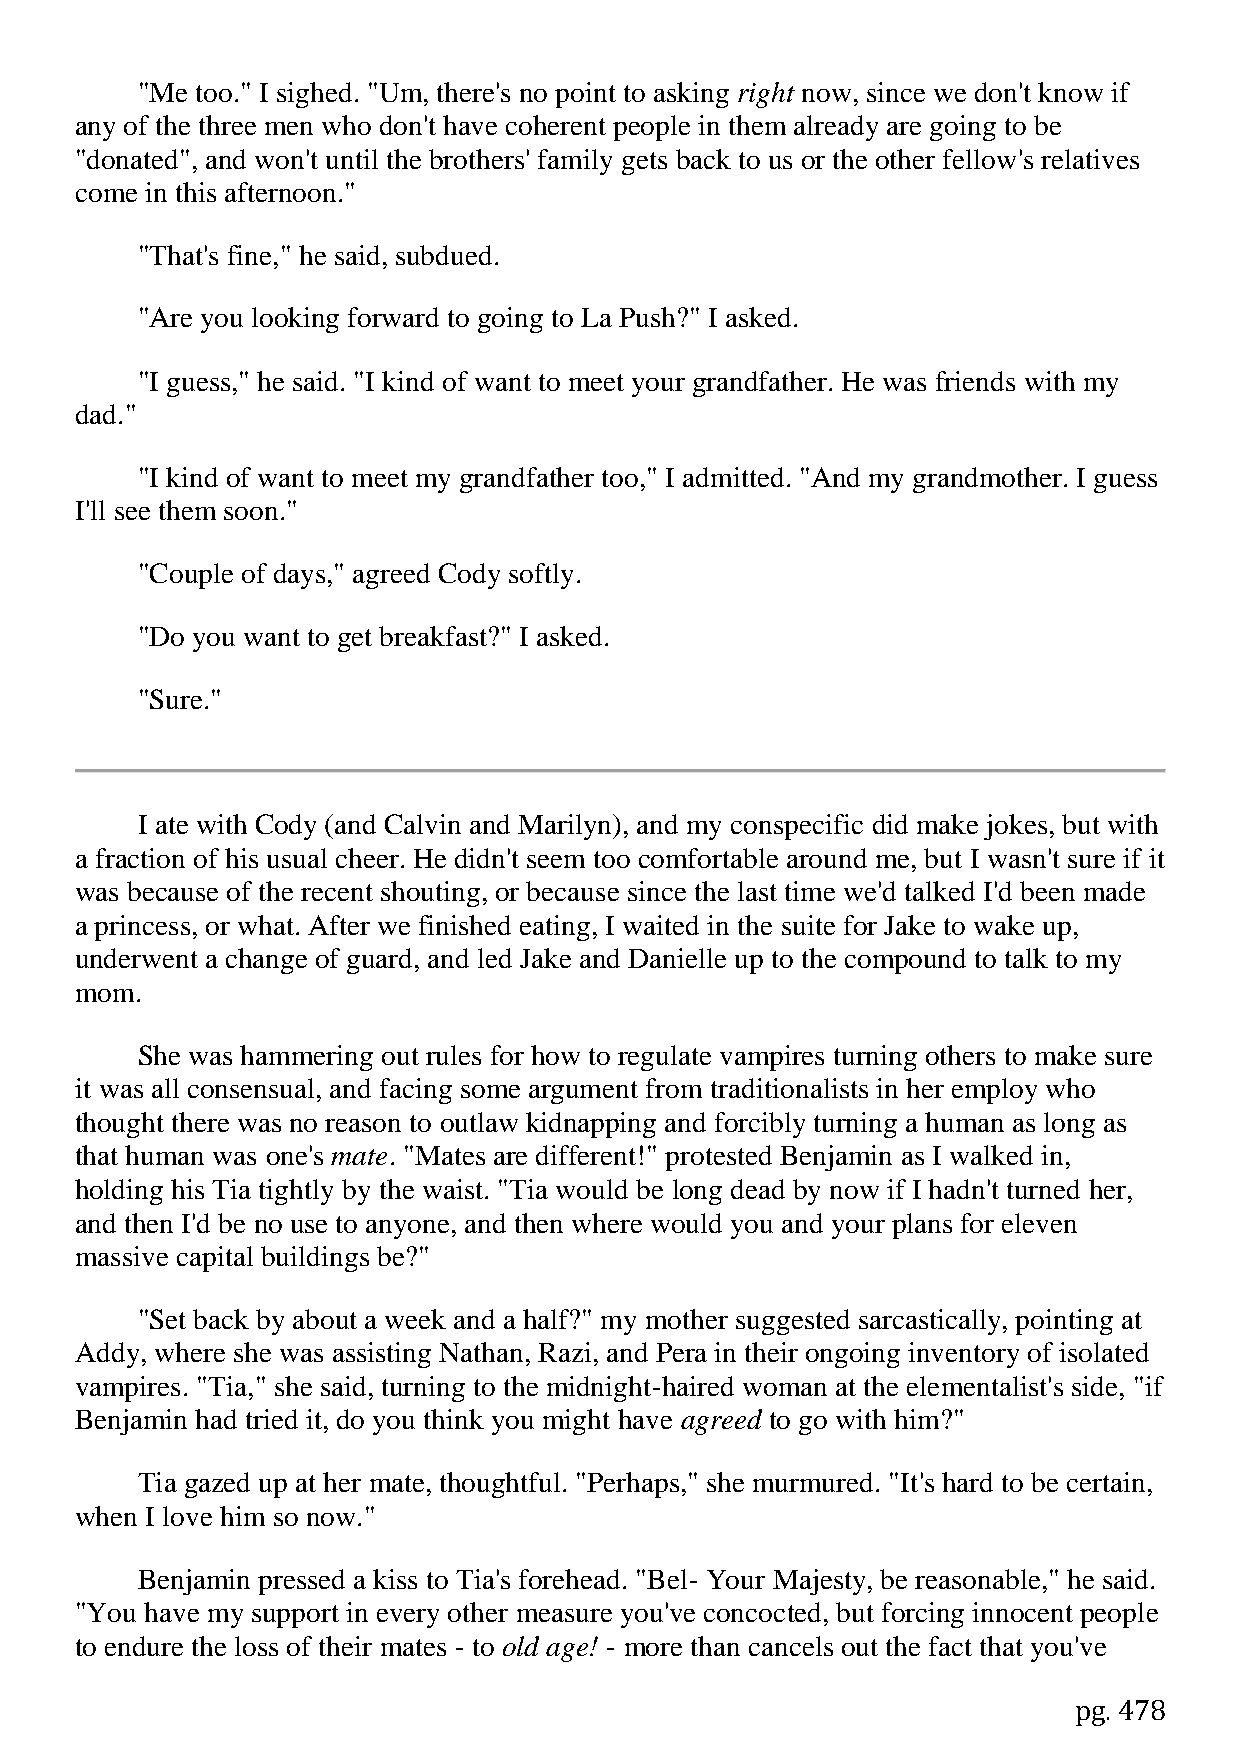
"Me too." I sighed. "Um, there's no point to asking right now, since we don't know if
 any of the three men who don't have coherent people in them already are going to be
 "donated", and won't until the brothers' family gets back to us or the other fellow's relatives
 come in this afternoon."
 "That's fine," he said, subdued.
 "Are you looking forward to going to La Push?" I asked.
 "I guess," he said. "I kind of want to meet your grandfather. He was friends with my
 dad."
 "I kind of want to meet my grandfather too," I admitted. "And my grandmother. I guess
 I'll see them soon."
 "Couple of days," agreed Cody softly.
 "Do you want to get breakfast?" I asked.
 "Sure."
 I ate with Cody (and Calvin and Marilyn), and my conspecific did make jokes, but with
 a fraction of his usual cheer. He didn't seem too comfortable around me, but I wasn't sure if it
 was because of the recent shouting, or because since the last time we'd talked I'd been made
 a princess, or what. After we finished eating, I waited in the suite for Jake to wake up,
 underwent a change of guard, and led Jake and Danielle up to the compound to talk to my
 mom.
 She was hammering out rules for how to regulate vampires turning others to make sure
 it was all consensual, and facing some argument from traditionalists in her employ who
 thought there was no reason to outlaw kidnapping and forcibly turning a human as long as
 that human was one's mate. "Mates are different!" protested Benjamin as I walked in,
 holding his Tia tightly by the waist. "Tia would be long dead by now if I hadn't turned her,
 and then I'd be no use to anyone, and then where would you and your plans for eleven
 massive capital buildings be?"
 "Set back by about a week and a half?" my mother suggested sarcastically, pointing at
 Addy, where she was assisting Nathan, Razi, and Pera in their ongoing inventory of isolated
 vampires. "Tia," she said, turning to the midnight-haired woman at the elementalist's side, "if
 Benjamin had tried it, do you think you might have agreed to go with him?"
 Tia gazed up at her mate, thoughtful. "Perhaps," she murmured. "It's hard to be certain,
 when I love him so now."
 Benjamin pressed a kiss to Tia's forehead. "Bel- Your Majesty, be reasonable," he said.
 "You have my support in every other measure you've concocted, but forcing innocent people
 to endure the loss of their mates - to old age! - more than cancels out the fact that you've
 pg. 478